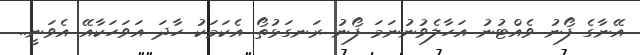
އޭނާގެ ފޯނު ވެއްޓުނު އަހާލެވުނުނަމަ ފޯނު ރަނގަޅުތޯ އެކަމަކު ހާދަ އަވަހަކާއޭ އެވަނީ..